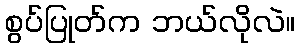
စွပ်ပြုတ်က ဘယ်လိုလဲ။